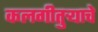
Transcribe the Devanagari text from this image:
कलगीतुर्‍याचे